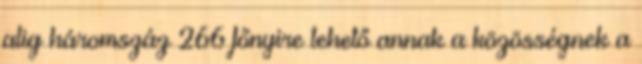
alig háromszáz 266 főnyire tehető annak a közösségnek a